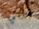
غالي